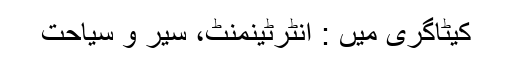
کیٹاگری میں : انٹرٹینمنٹ، سیر و سیاحت